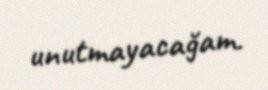
unutmayacağam.